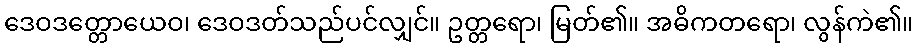
ဒေဝဒတ္တောယေဝ၊ ဒေဝဒတ်သည်ပင်လျှင်။ ဥတ္တရော၊ မြတ်၏။ အဓိကတရော၊ လွန်ကဲ၏။